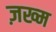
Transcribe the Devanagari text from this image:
ज़ख्‍म